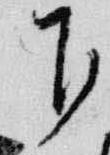
下